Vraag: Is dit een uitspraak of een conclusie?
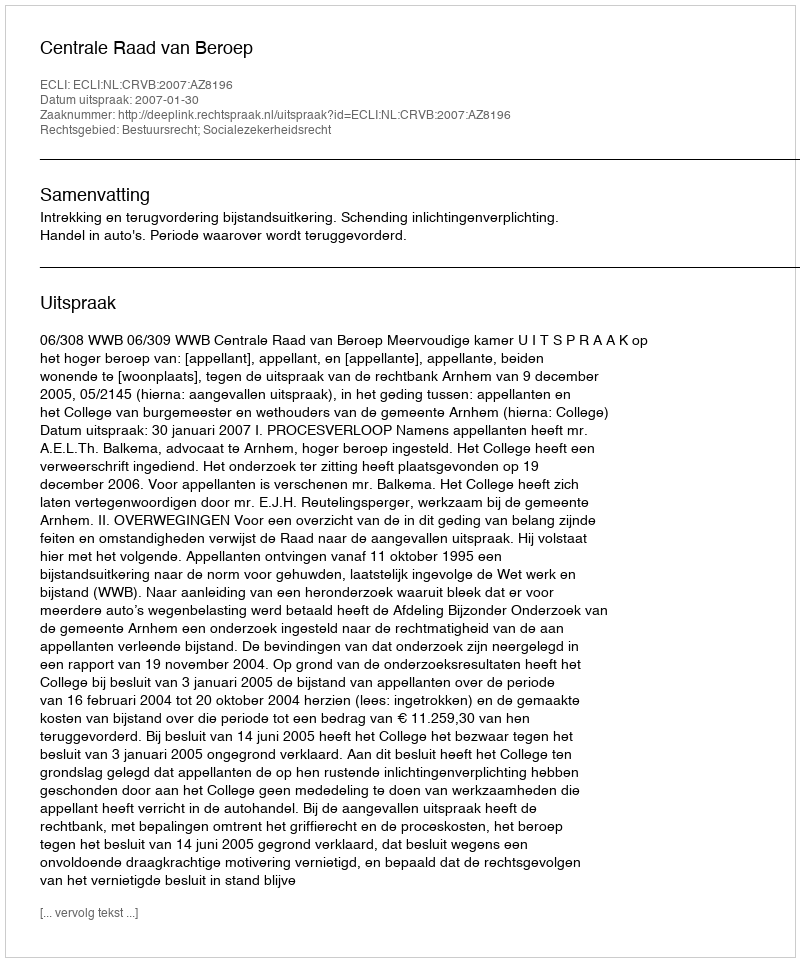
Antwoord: Uitspraak